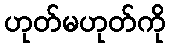
ဟုတ်မဟုတ်ကို